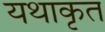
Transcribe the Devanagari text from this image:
यथाकृत